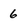
Character: 6